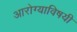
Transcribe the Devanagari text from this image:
आरोग्याविषयी